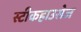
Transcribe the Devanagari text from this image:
स्टीकहाउसेज